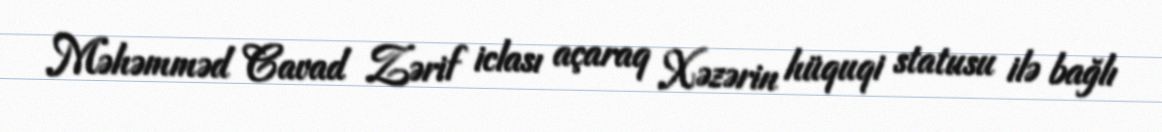
Məhəmməd Cavad Zərif iclası açaraq Xəzərin hüquqi statusu ilə bağlı